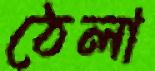
ঠেলা